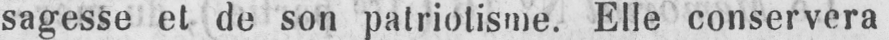
sagesse et de son patriotisme. Elle conservera